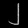
Digit: ၂